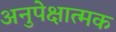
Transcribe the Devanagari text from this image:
अनुपेक्षात्मक